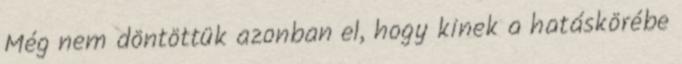
Még nem döntöttük azonban el, hogy kinek a hatáskörébe